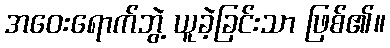
အဝေးရောက်ဘွဲ့ ယူခဲ့ခြင်းသာ ဖြစ်၏။